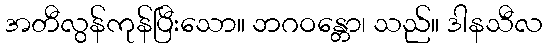
အတီလွန်ကုန်ပြီးသော။ ဘဂဝန္တော၊ သည်။ ဒါနသီလ